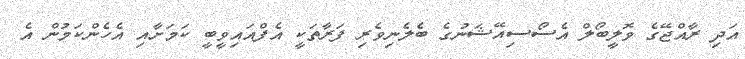
އަދި ރާއްޖޭގެ ވޮލީބޯލް އެސޯސިއޭޝަނުގެ ބެލެނިވެރި ފަރާތަކީ އެފްއައިވީބީ ކަމަށާއި އެހެންކަމުން އެ